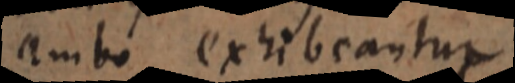
ambo exhibeantur.